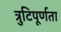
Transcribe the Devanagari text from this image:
त्रुटिपूर्णता